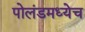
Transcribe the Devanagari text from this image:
पोलंडमध्येच